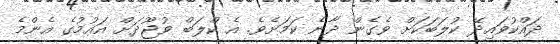
ދައްކުވައިދޭ ކުލަބަކަށް ވެގެން ދާނެ ކަމަށެވެ. އެ ކްލަބް ވުޖޫދަށް އައުމުގެ އެންމެ